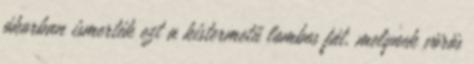
ókorban ismerték ezt a kistermetű lombos fát, melynek vörös